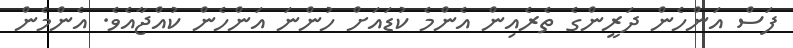
ފަސް އަންހެން ދަރީންގެ ތެރެއިން އެންމެ ކުޑައަށް ހުންނަ އަންހެން ކުއްޖާއެވެ. އެންމެން